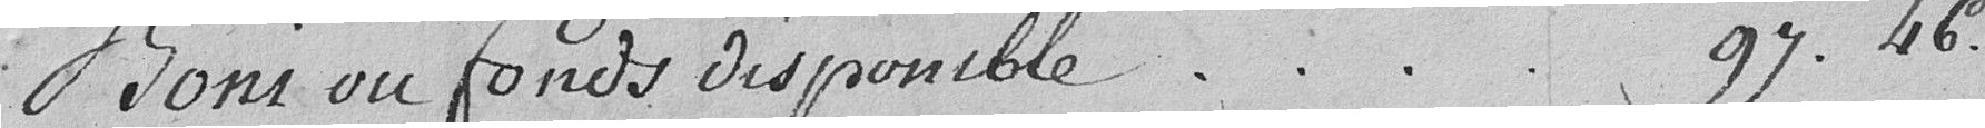
Bons ou fonds disponible 97.46